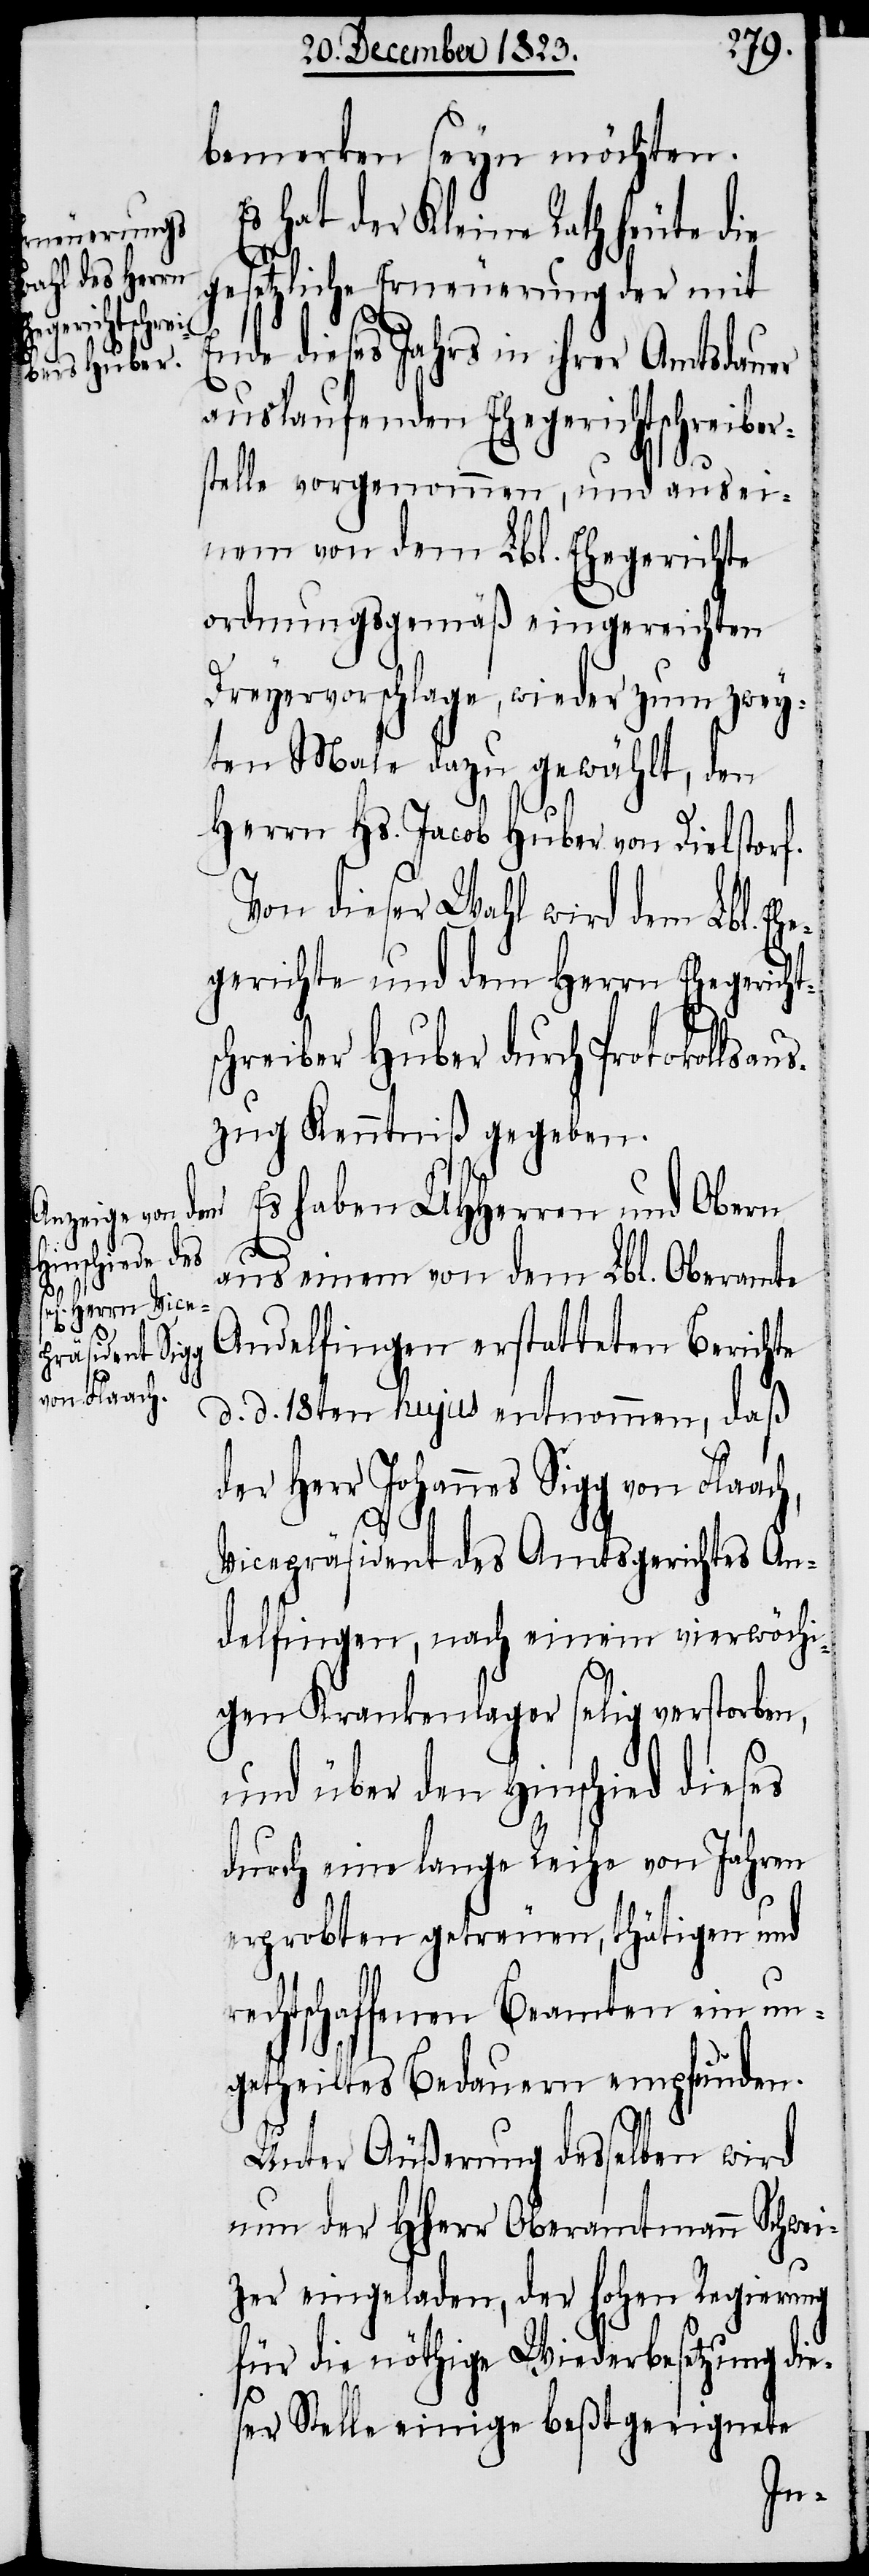
bemerken seyn möchten.
Es hat der Kleine Rath heute die
gesetzliche Erneuerung der mit
Ende dieses Jahres in ihrer Amtsdauer
auslaufenden Ehegerichtschreiber¬
stelle vorgenommen, und aus eige¬
nem von dem Lbl. Ehegerichte
ordnungsgemäß eingereichten
Dreyervorschlage, wieder zum zwey¬
ten Male dazu gewählt, den
Herrn Hs. Jacob Huber von Dielstorf.
Von dieser Wahl wird dem Lbl. Ehe¬
gerichte und dem Herrn Ehegerichts¬
chreiber Huber durch Protokollsau¬
szug Kenntniß gegeben.
Es haben UHHerren und Obern
aus einem von dem Lbl. Oberamte
Andelfingen erstatteten Berichte
d. d. 18ten hujus entnommen, daß
der Herr Johannes Sigg von Flaac¬
Vicepräsident des Amtsgerichtes An¬
delfingen, nach einem vierwöchi¬
h,
gen Krankenlager selig verstorben,
und über den Hinschied dieses
durch eine lange Reihe von Jahren
erprobten getreuen, thätigen und
rechtschaffenen Beamten ein un¬
getheiltes Bedauern empfunden.
Unter Äußerung desselben wird
nun der HHerr Oberamtmann Schwei¬
zer eingeladen, der hohen Regierung
für die nöthige Wiederbesetzung die¬
ser Stelle einige beßtgeeignete